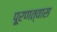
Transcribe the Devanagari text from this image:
पू्रणत्वास